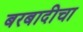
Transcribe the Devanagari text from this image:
बरबादीचा